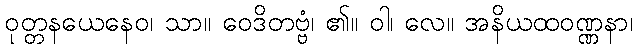
ဝုတ္တနယေနေဝ၊ သာ။ ဝေဒိတဗ္ဗံ၊ ၏။ ဝါ၊ လေ။ အနိယထဝဏ္ဏနာ၊